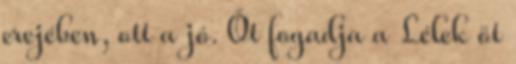
erejében, ott a jó. Őt fogadja a Lélek öt